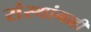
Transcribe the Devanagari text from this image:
संस्थांनाही